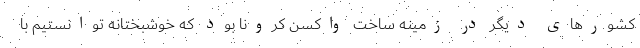
کشورهای دیگر در زمینه ساخت واکسن کرونا بود که خوشبختانه توانستیم با